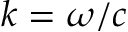
k = \omega / c